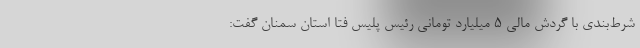
شرط‌بندی با گردش مالی 5 میلیارد تومانی رئیس پلیس فتا استان سمنان گفت: